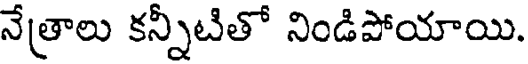
నేత్రాలు కన్నీటితో నిండిపోయాయి.